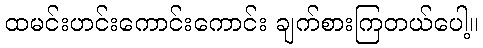
ထမင်းဟင်းကောင်းကောင်း ချက်စားကြတယ်ပေါ့။